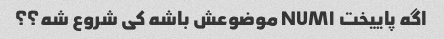
اگه پاییخت NUM۱ موضوعش باشه کی شروع شه؟؟